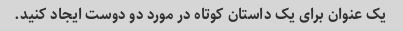
یک عنوان برای یک داستان کوتاه در مورد دو دوست ایجاد کنید.